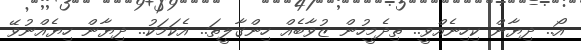
އޯ.. ދިޔާން ކިހިނެއްވީ.. ތިދެމީހުން ޒުވާބެއް ހިންގާލީތަ.. އެކަމަކު.. ދިޔާން ހިޔެއްނުވޭ